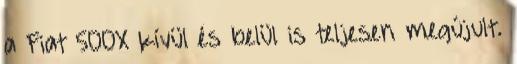
a Fiat 500X kívül és belül is teljesen megújult.